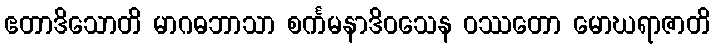
ဧတာဒိသောတိ မာဂဓဘာသာ စင်္ကမနာဒိဝသေန ဝဿတော မောဃရာဇာတိ